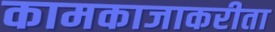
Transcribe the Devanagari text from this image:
कामकाजाकरीता